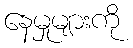
နေမှုများကို